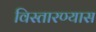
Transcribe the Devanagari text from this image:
विस्तारण्यास